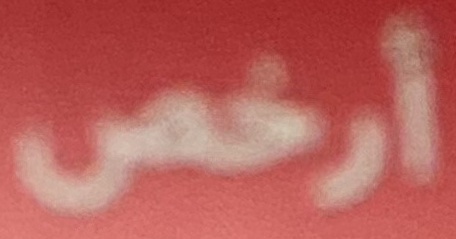
أرخص